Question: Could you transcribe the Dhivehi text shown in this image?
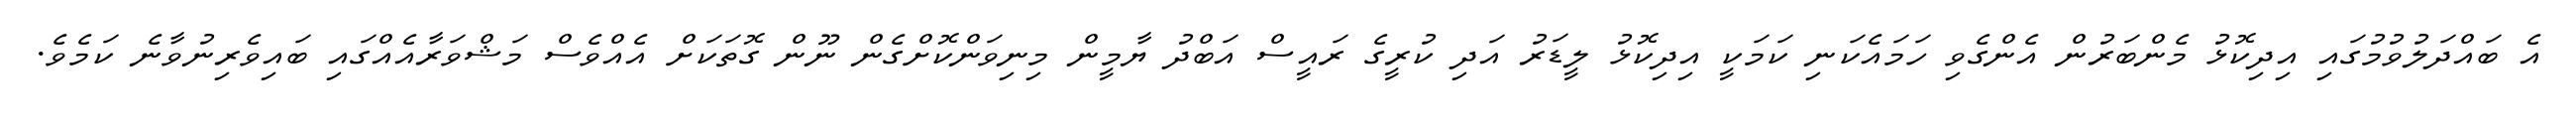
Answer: އެ ބައްދަލުވުމުގައި އިދިކޮޅު މެންބަރުން އެންގެވި ހަމައެކަނި ކަމަކީ އިދިކޮޅު ލީޑަރު އަދި ކުރީގެ ރައީސް އަބްދު ޔާމީން މިނިވަންކޮށްގެން ނޫން ގޮތަކަށް އެއްވެސް މަޝްވަރާއެއްގައި ބައިވެރިނުވާނެ ކަމެވެ.